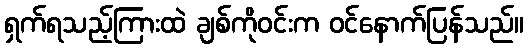
ရှက်ရသည့်ကြားထဲ ချစ်ကိုဝင်းက ဝင်နောက်ပြန်သည်။